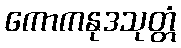
ကောကနုဒသုတ္တံ